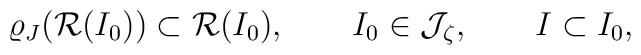
\varrho_J({\cal R}(I_0)) \subset {\cal R}(I_0),\qquad I_0\in{\cal J}_\zeta, \qquad I\subset I_0,